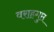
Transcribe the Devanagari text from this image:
वराहगुप्त